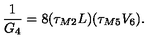
\frac { 1 } { G _ { 4 } } = 8 ( \tau _ { M 2 } L ) ( \tau _ { M 5 } V _ { 6 } ) .